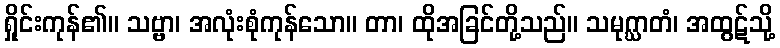
ရှိုင်းကုန်၏။ သဗ္ဗာ၊ အလုံးစုံကုန်သော။ တာ၊ ထိုအခြင်တို့သည်။ သမုဂ္ဃာတံ၊ အထွဋ်သို့